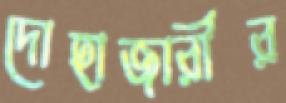
দোহাজারীর